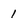
Character: 1